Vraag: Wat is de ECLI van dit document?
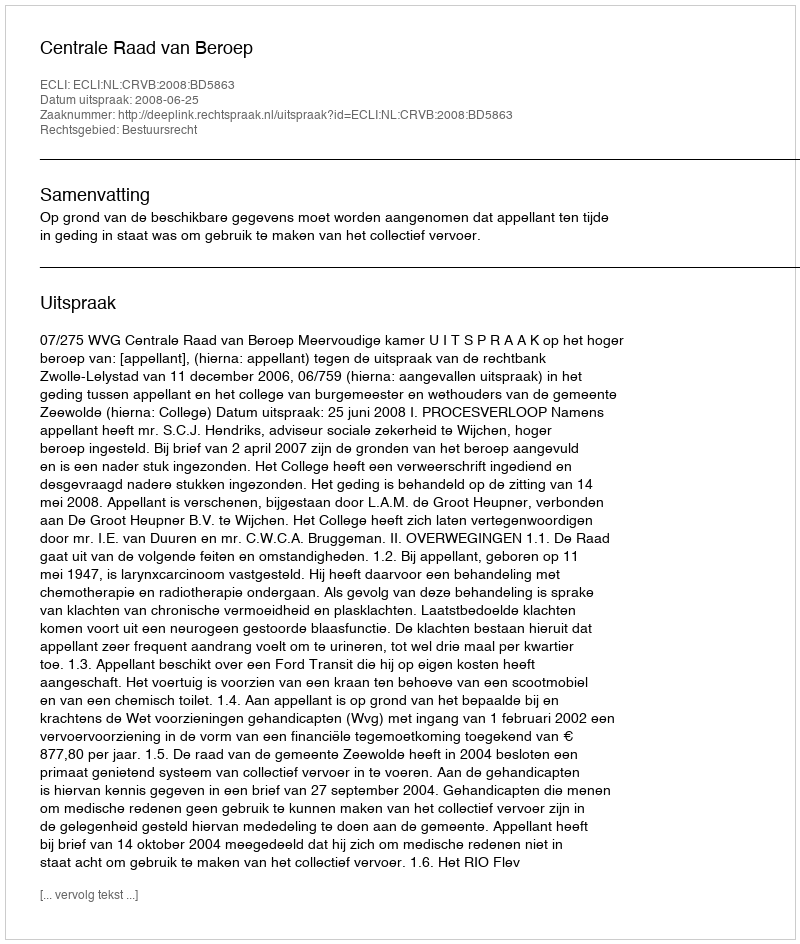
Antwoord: ECLI:NL:CRVB:2008:BD5863